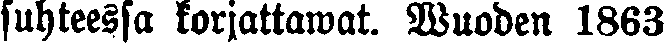
suhteensa korjattawat. Wuoden 1863